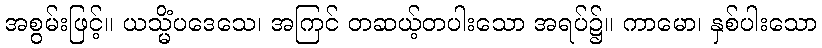
အစွမ်းဖြင့်။ ယသ္မိံပဒေသေ၊ အကြင် တဆယ့်တပါးသော အရပ်၌။ ကာမော၊ နှစ်ပါးသော